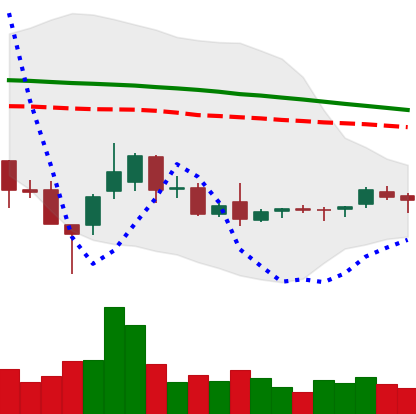
Ticker: ETC-USD
Chart end date: 2018-08-30
Forward return: 8.144%
Label: up_7plus